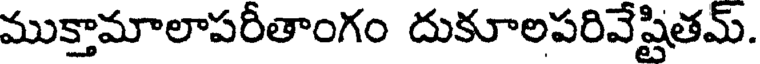
ముక్తామాలాపరీతాంగం దుకూలపరివేష్టితమ్.